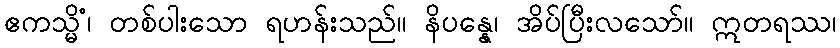
ဧကသ္မိံ၊ တစ်ပါးသော ရဟန်းသည်။ နိပန္နေ၊ အိပ်ပြီးလသော်။ ဣတရဿ၊